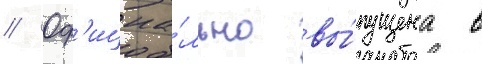
// Оф'ициа́льно вы́пущена в